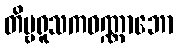
တိမ္ဗရူသကဝဏ္ဏာဘော